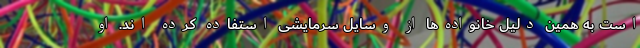
است به همین دلیل خانواده‌ها از وسایل سرمایشی استفاده کرده اند. او